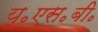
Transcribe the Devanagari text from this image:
यू॰एस॰बी॰